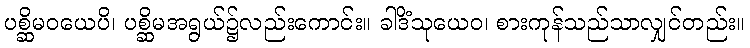
ပစ္ဆိမဝယေပိ၊ ပစ္ဆိမအရွယ်၌လည်းကောင်း။ ခါဒိံသုယေဝ၊ စားကုန်သည်သာလျှင်တည်း။